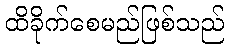
ထိခိုက်စေမည်ဖြစ်သည်